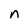
Character: n